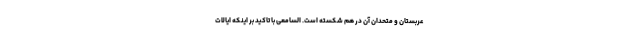
عربستان و متحدان آن در هم شکسته است. السامعی با تاکید بر اینکه ایالات